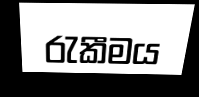
රැකීමය